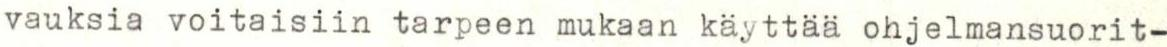
vauksia voitaisiin tarpeen mukaan käyttää ohjelmansuorit-